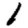
Digit: 1